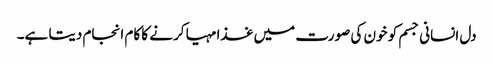
دل انسانی جسم کو خون کی صورت میں غذا مہیا کرنے کا کام انجام دیتا ہے۔